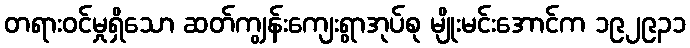
တရားဝင်မှုရှိသော ဆတ်ကျွန်းကျေးရွာအုပ်စု မျိုးမင်းအောင်က ၁၉၂၉၃၁